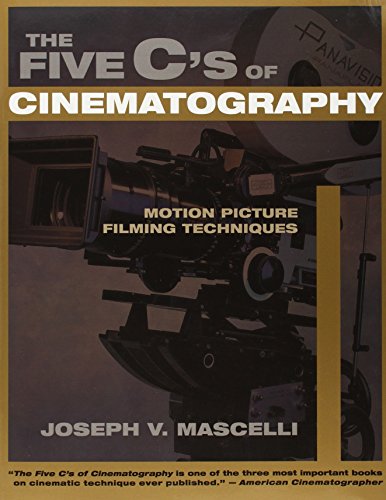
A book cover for The Five C's of Cinematography: Motion Picture Filming Techniques; Joseph V. Mascelli; Humor & Entertainment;